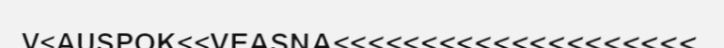
V<AUSPOK<<VEASNA<<<<<<<<<<<<<<<<<<<<